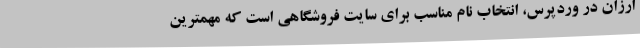
ارزان در وردپرس، انتخاب نام مناسب برای سایت فروشگاهی است که مهمترین